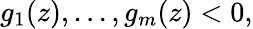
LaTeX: g_{1}(z),\ldots,g_{m}(z)<0,